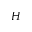
H